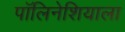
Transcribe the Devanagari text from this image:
पॉलिनेशियाला